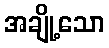
အချို့သော